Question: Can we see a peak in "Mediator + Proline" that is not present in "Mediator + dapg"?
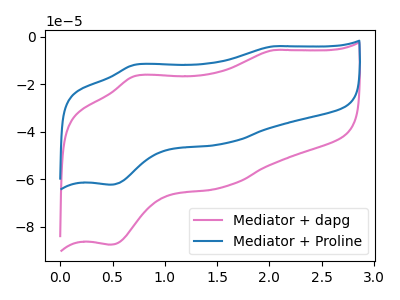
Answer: <think>The pink curve "Mediator + dapg" has anodic peaks at (2.05V, -5.60uA) (0.70V, -16.50uA) and cathodic peaks at (1.55V, -63.20uA) (0.50V, -87.45uA). The blue curve "Mediator + Proline" has anodic peaks at (2.05V, -3.95uA) (0.70V, -11.75uA) and cathodic peaks at (1.55V, -44.95uA) (0.50V, -62.20uA).
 All the peaks in "Mediator + Proline" have a peak in "Mediator + dapg" at the same potential.</think>
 <answer>No, "Mediator + Proline" and "Mediator + dapg" don't appear to be significantly different in shape</answer>
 <eval>no_change</eval>